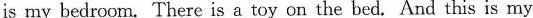
is my bedroom. There is a toy on the bed. And this is my